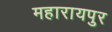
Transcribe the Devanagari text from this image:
महारायपुर